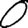
Digit: 0